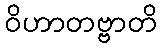
ဝိဟာတဗ္ဗာတိ